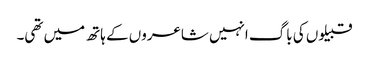
قبیلوں کی باگ انہیں شاعروں کے ہاتھ میں تھی۔